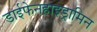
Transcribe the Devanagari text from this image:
डाईफेनहाइड्रामिन